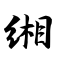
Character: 缃